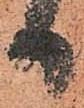
日